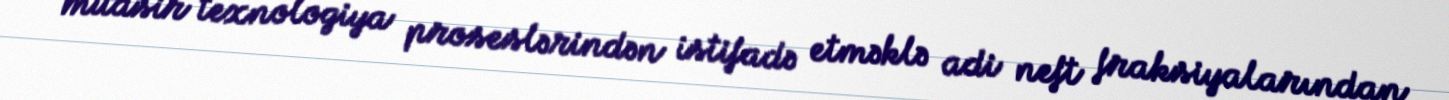
müasir texnologiya proseslərindən istifadə etməklə adi neft fraksiyalarından